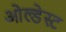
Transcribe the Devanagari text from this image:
ओल्डेस्ट